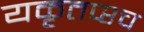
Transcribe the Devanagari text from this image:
यकृतप्श्च